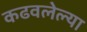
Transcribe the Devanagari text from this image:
कढवलेल्या